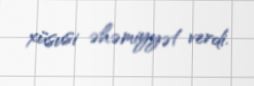
xüsusi əhəmiyyət verdi.